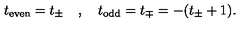
t _ { \mathrm { e v e n } } = t _ { \pm } \quad , \quad t _ { \mathrm { o d d } } = t _ { \mp } = - ( t _ { \pm } + 1 ) .